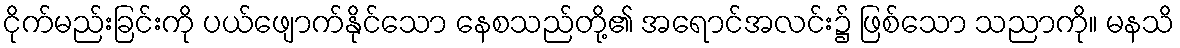
ငိုက်မည်းခြင်းကို ပယ်ဖျောက်နိုင်သော နေစသည်တို့၏ အရောင်အလင်း၌ ဖြစ်သော သညာကို။ မနသိ